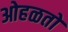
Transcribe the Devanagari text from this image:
ओहळतो